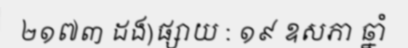
២១៧៣ ដង)ផ្សាយ : ១៩ ឧសភា ឆ្នាំ